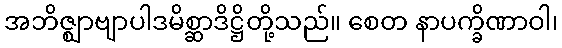
အဘိဇ္ဈာဗျာပါဒမိစ္ဆာဒိဋ္ဌိတို့သည်။ စေတ နာပက္ခိဏာဝါ၊